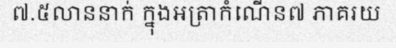
៧.៥លាននាក់ ក្នុងអត្រាកំណើន៧ ភាគរយ